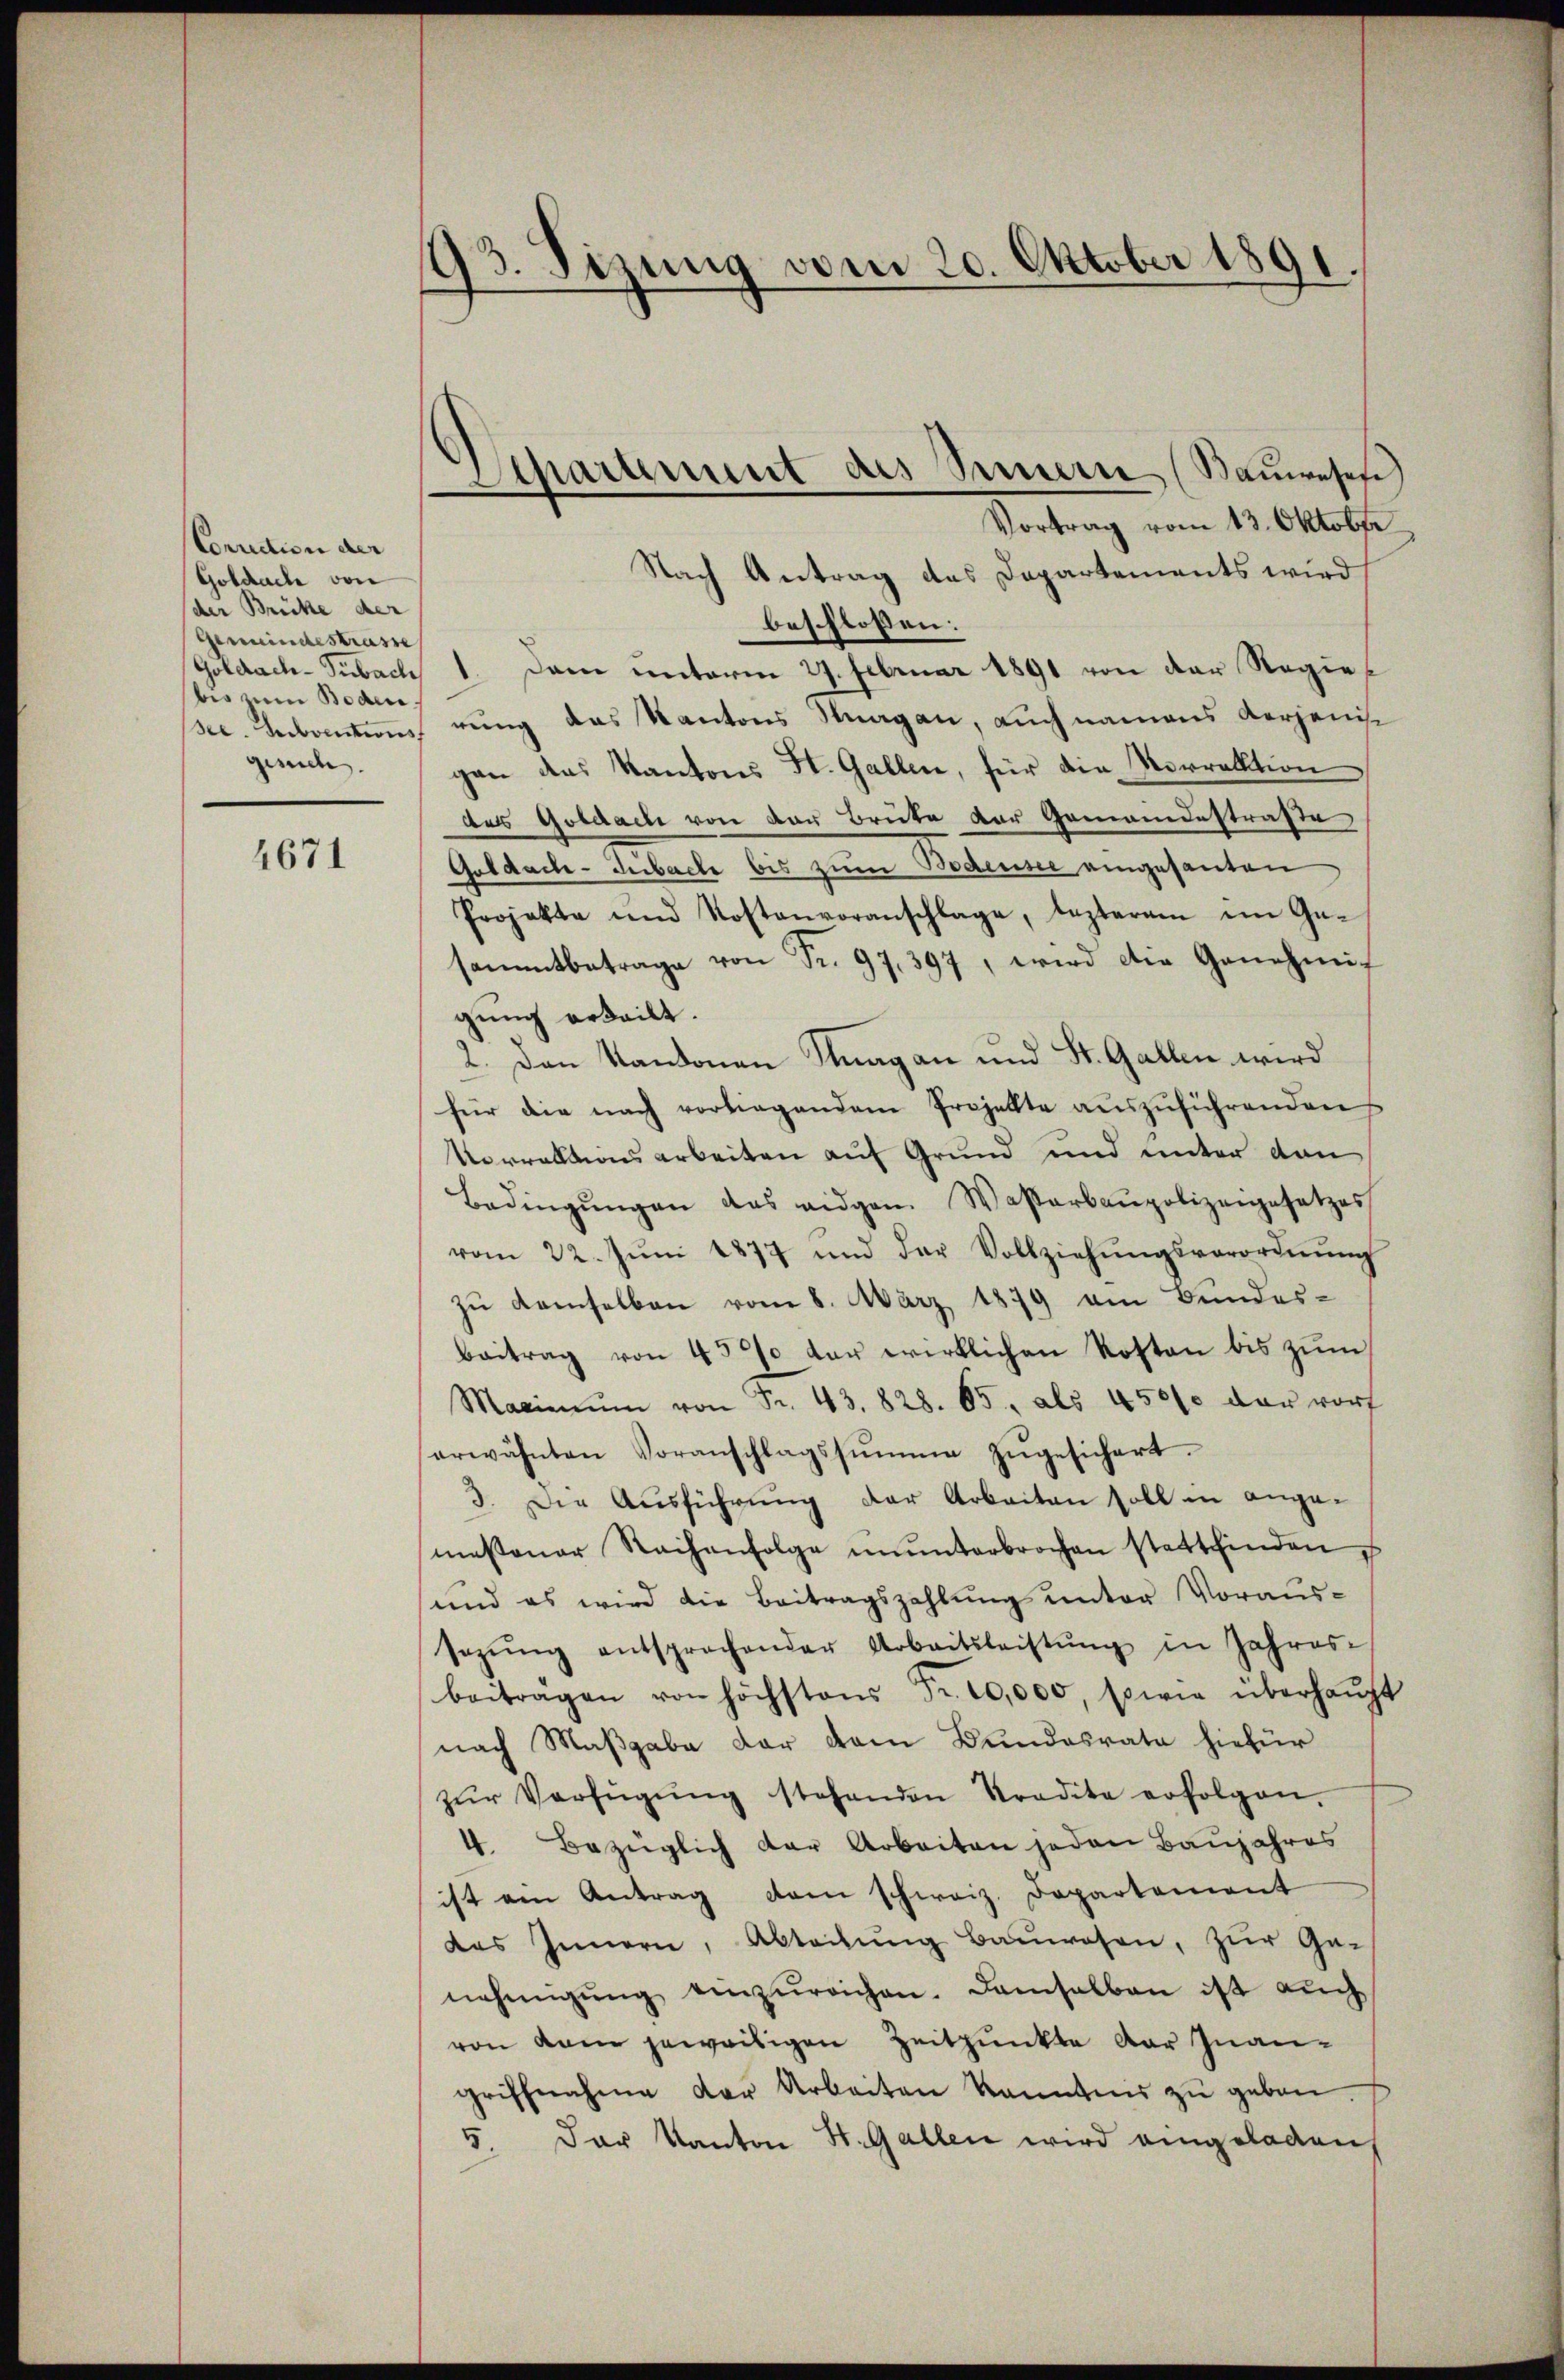
Conviction der
Goldach von
der Brücke der |
Gemeindestrasse
Goldach-Subach
bis zum Boden
gesuch.

4671

93. Sizung vom 20. Oktober 1891.

Separament des Sennern (Bauweses

Vortrag vom 13. Oktober
Nach Antrag des Departements wird
beschlossen:
1. Dem unterm 27. Februar 1891 von der Regiesee. Leibrentions rung das Kantons Suagan, auch namens Verganisc
gan das Kantons St. Gallen, für die Vorrektion
des Goldach von der Brüke der Gemeindestraße
Goldach-Subache bis zum Bodensee eingesanten
Projekte und Kostenvoranschlage, lezterem im Ge-
sammtbetrage von Fr. 97,397, wird die Genehmig
gŭng erteilt.
2. Den Kantonen Knagan und St. Gallen wird
für die nach vorliegendem Projekte aŭszŭführenden
Vorrektionsarbeiten auf Grund und unter den
Bedingŭngen das eidgen. Wasserbaupolizeigesetzes
vom 22. Jŭni 1877 und der Vollziehŭngsverordnŭng
zŭ demselben vom 8. März 1879 am Bundes-
Beitrag von 45 der wirklichen Kosten bis zŭm
Maximŭm von Fr. 43. 828. 65. als 45000 der vorf
erwähnten Voranschlagssŭmme zŭgesichert.
3. Die Ausführung der Arbeiten soll in ange-
messener Rachenfolge ŭnŭnterbrochen stattfinden,
und es wird die Beitragszahlung unter Voraussezŭng entsprochender Arbeitsleistŭng in Jahres
beiträgen von höchstens Fr. 20,000, sowie überhaŭpt
nach Maßgabe dar vom Bundesrate hiefür
zŭr Verfügŭng stehenden Stradita erfolgen.
4. Bezüglich der Arbeiten jeden Baŭjahres
ist am Antrag dem schweiz. Departement
des Innern, Abteilŭng Baŭwesen, zur Ganehmigŭng einzŭreichen. Damsalben ist auch
von kann jeweiligen Zeitpunkte der Inangriffnahme der Arbeiten kanntnis zŭ geben.
5. Der Kanton St. Gallen wird eingeladen,